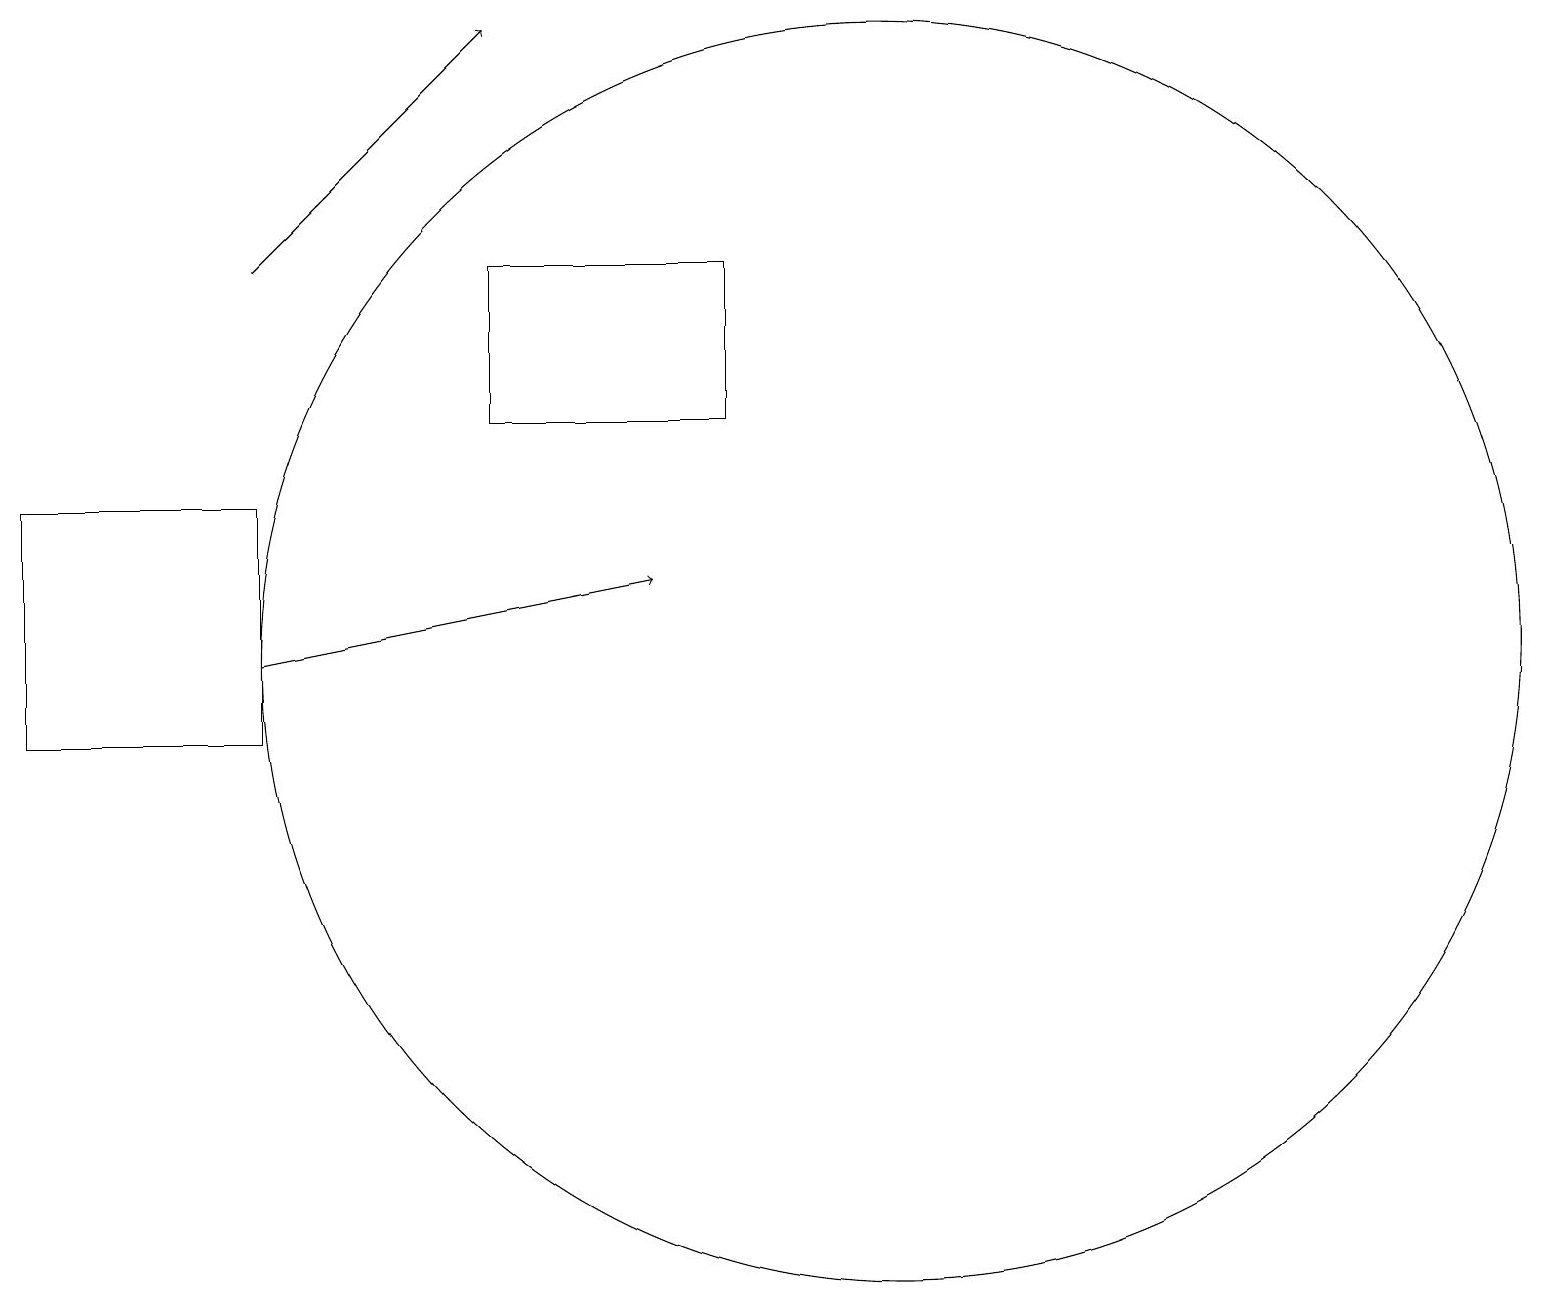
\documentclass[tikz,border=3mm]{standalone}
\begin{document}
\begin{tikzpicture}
\draw (6,16) rectangle (9,14);
\draw[->] (3,11) -- (8,12);
\draw (11,12) circle (0);
\draw (11,11) circle (8);
\draw (0,13) rectangle (3,10);
\draw (11,11) circle (0);
\draw[->] (3,16) -- (6,19);
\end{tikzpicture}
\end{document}